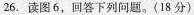
26. 读图6，回答下列问题。(18分)